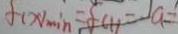
f ( x ) _ { \min } = f ( 1 ) = - a =